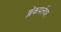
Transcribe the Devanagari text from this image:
ब्लॅकपर्लवर